Problem: 34 + 43 = ?
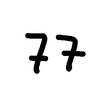
Handwritten answer: 77